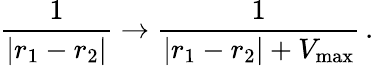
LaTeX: \frac{1}{\left|r_{1}-r_{2}\right|}\rightarrow\frac{1}{\left|r_{1}-r_{2}\right|+V_{\mathrm{max}}}\, .